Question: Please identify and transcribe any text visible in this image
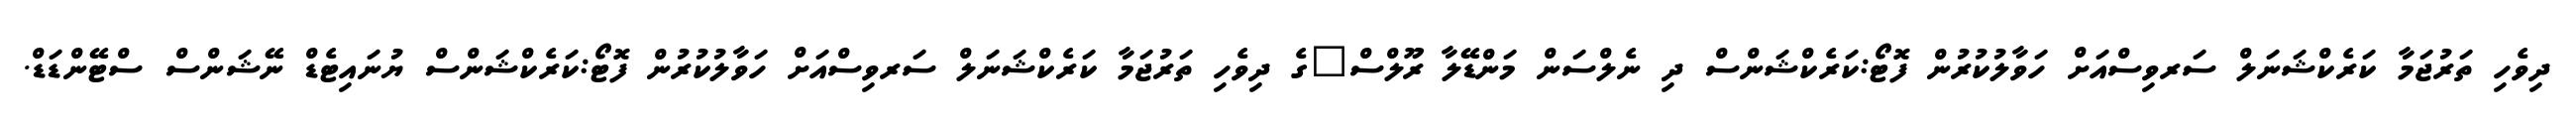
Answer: ދިވެހި ތަރުޖަމާ ކަރެކްޝަނަލް ސަރވިސްއަށް ހަވާލުކުރުން ފޮޓޯ:ކަރެކްޝަންސް ދި ނެލްސަން މަންޑޭލާ ރޫލްސް"ގެ ދިވެހި ތަރުޖަމާ ކަރެކްޝަނަލް ސަރވިސްއަށް ހަވާލުކުރުން ފޮޓޯ:ކަރެކްޝަންސް ޔުނައިޓެޑް ނޭޝަންސް ސްޓޭންޑަޑް.